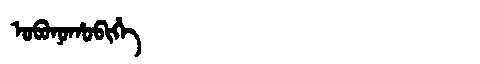
Manchu: ᠣᠪᠣᠨᠣᡥᠣᠪᡳᡥᡝ
Romanization: OBONOHOBIHE